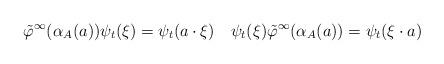
LaTeX: \begin{align*}\tilde\varphi^\infty(\alpha_A(a))\psi_t(\xi) = \psi_t(a \cdot \xi) \quad\psi_t(\xi)\tilde\varphi^\infty(\alpha_A(a)) = \psi_t(\xi\cdot a)\end{align*}